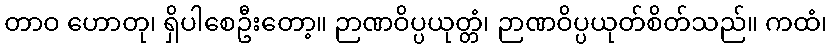
တာဝ ဟောတု၊ ရှိပါစေဦးတော့။ ဉာဏဝိပ္ပယုတ္တံ၊ ဉာဏဝိပ္ပယုတ်စိတ်သည်။ ကထံ၊